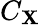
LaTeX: C_{\mathbf{X}}